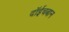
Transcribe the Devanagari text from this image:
दॉईचबान